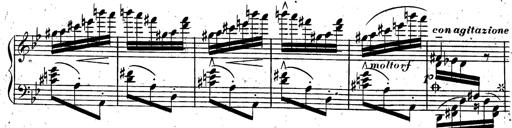
Title: Rondeau fantastique sur un thÃ¨me espagnol
Composer: Franz Liszt